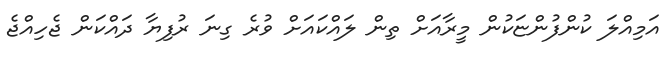
އަމިއްލަ ކުންފުންޏަކުން މީރާއަށް ތިން ލައްކައަށް ވުރެ ގިނަ ރުފިޔާ ދައްކަން ޖެހިއްޖެ